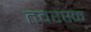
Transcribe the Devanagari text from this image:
तवरस्क